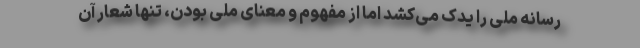
رسانه ملی را یدک می‌کشد اما از مفهوم و معنای ملی بودن، تنها شعار آن